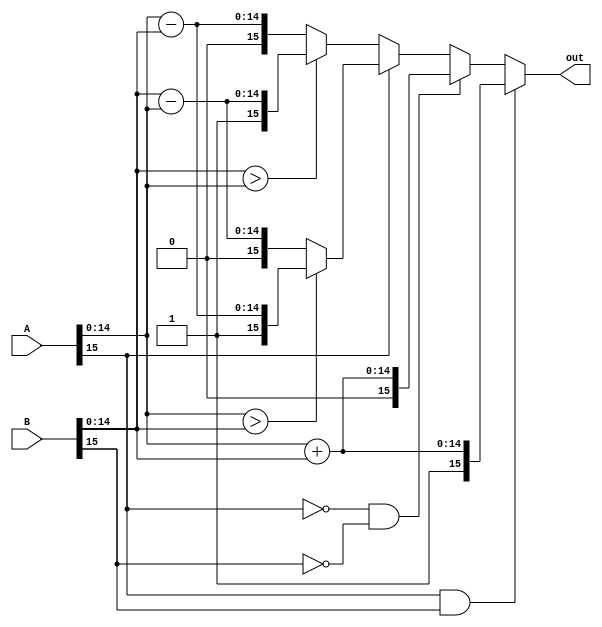
`timescale 1ns / 1ps
//////////////////////////////////////////////////////////////////////////////////
// Company: 
// Engineer: 
// 
// Design Name: 
// Module Name:    Adder 
// Project Name: 
// Target Devices: 
// Tool versions: 
// Description: 
//
// Dependencies: 
//
// Revision: 
// Revision 0.01 - File Created
// Additional Comments: 
//
//////////////////////////////////////////////////////////////////////////////////
module Adder(
    input[15:0] A,
    input[15:0] B,
    output reg[15:0] out
    );
	 initial begin
	 out = 16'b0;
	 end
	always@(A,B)begin
		if(A[15] == 1'b1 && B[15] == 1'b1)begin
			out = {1'b1,(A[14:0]+B[14:0])};
		end
		else if(A[15] == 1'b0 && B[15] == 1'b0)begin
			out = {1'b0,(A[14:0]+B[14:0])};
		end
		else begin
			if(A[15] == 1'b1)begin
				if(A[14:0] > B[14:0])
					out = {1'b1,(A[14:0]-B[14:0])};
				else 
					out = {1'b0,(B[14:0]-A[14:0])};
			end
			
			else begin
				if(B[14:0] > A[14:0])
					out = {1'b1,(B[14:0]-A[14:0])};
				else 
					out = {1'b0,(A[14:0]-B[14:0])};
			end
		end
	end

endmodule